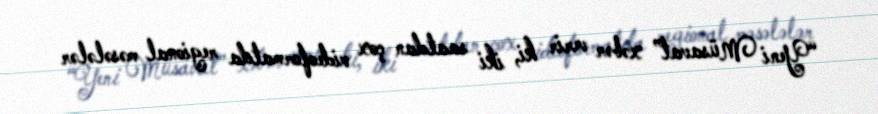
“Yeni Müsavat” xəbər verir ki, iki saatdan çox videoformatda regional məsələlər